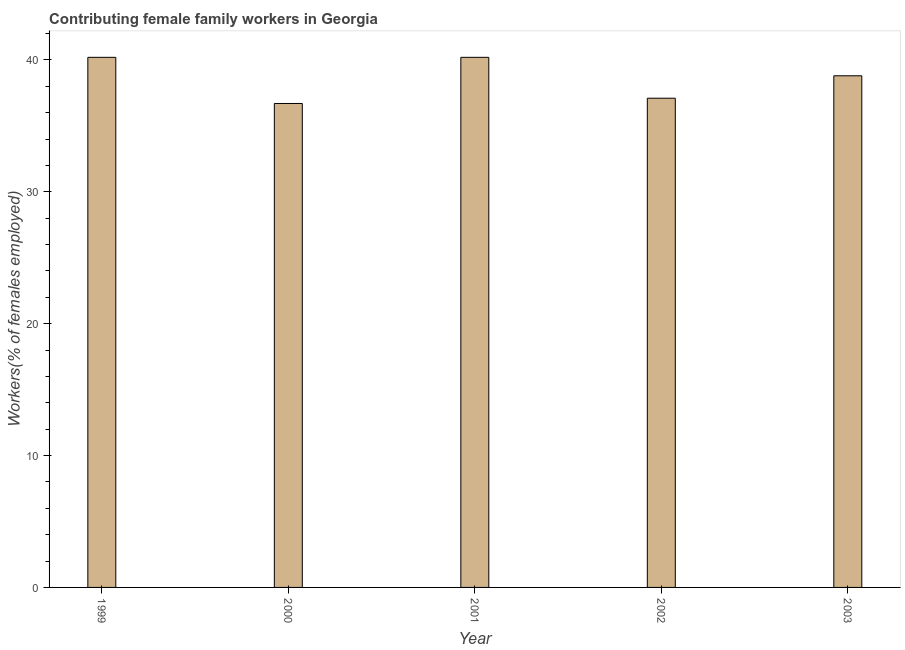
| Year | Contributing family workers |
 | --- | --- |
 | 1999 | 40.2 |
 | 2000 | 36.7 |
 | 2001 | 40.2 |
 | 2002 | 37.1 |
 | 2003 | 38.8 |